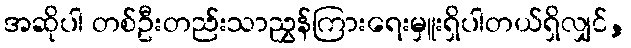
အဆိုပါ တစ်ဦးတည်းသာညွှန်ကြားရေးမှူးရှိပါတယ်ရှိလျှင်,